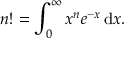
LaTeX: n ! = \int _ { 0 } ^ { \infty } x ^ { n } e ^ { - x } \, \mathrm { { d } } x .